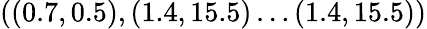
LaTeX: ((0.7,0.5),(1.4,15.5)\dots(1.4,15.5))